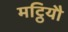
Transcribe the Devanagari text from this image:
मट्ठियौ